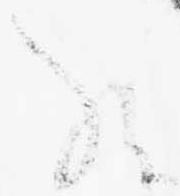
給